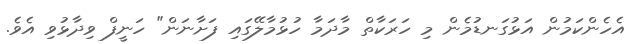
އެހެންކަމުން އަޅުގަނޑުމެން މި ހަރަކާތް މާދަމާ ހުޅުމާލޭގައި ފަށާނަން" ހަނީފް ވިދާޅުވި އެވެ.